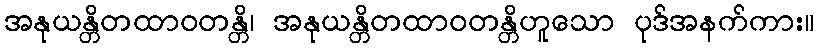
အနုယန္တိတထာဝတန္တိ၊ အနုယန္တိတထာဝတန္တိဟူသော ပုဒ်အနက်ကား။